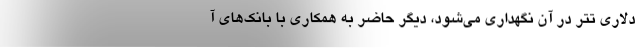
دلاری تتر در آن نگهداری می‌شود، دیگر حاضر به همکاری با بانک‌های آ